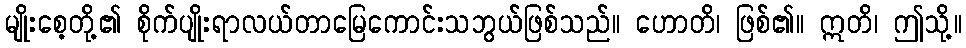
မျိုးစေ့တို့၏ စိုက်ပျိုးရာလယ်တာမြေကောင်းသဘွယ်ဖြစ်သည်။ ဟောတိ၊ ဖြစ်၏။ ဣတိ၊ ဤသို့။